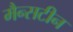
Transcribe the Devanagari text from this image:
मैन्सटीन